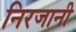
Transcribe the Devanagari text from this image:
निरजानी